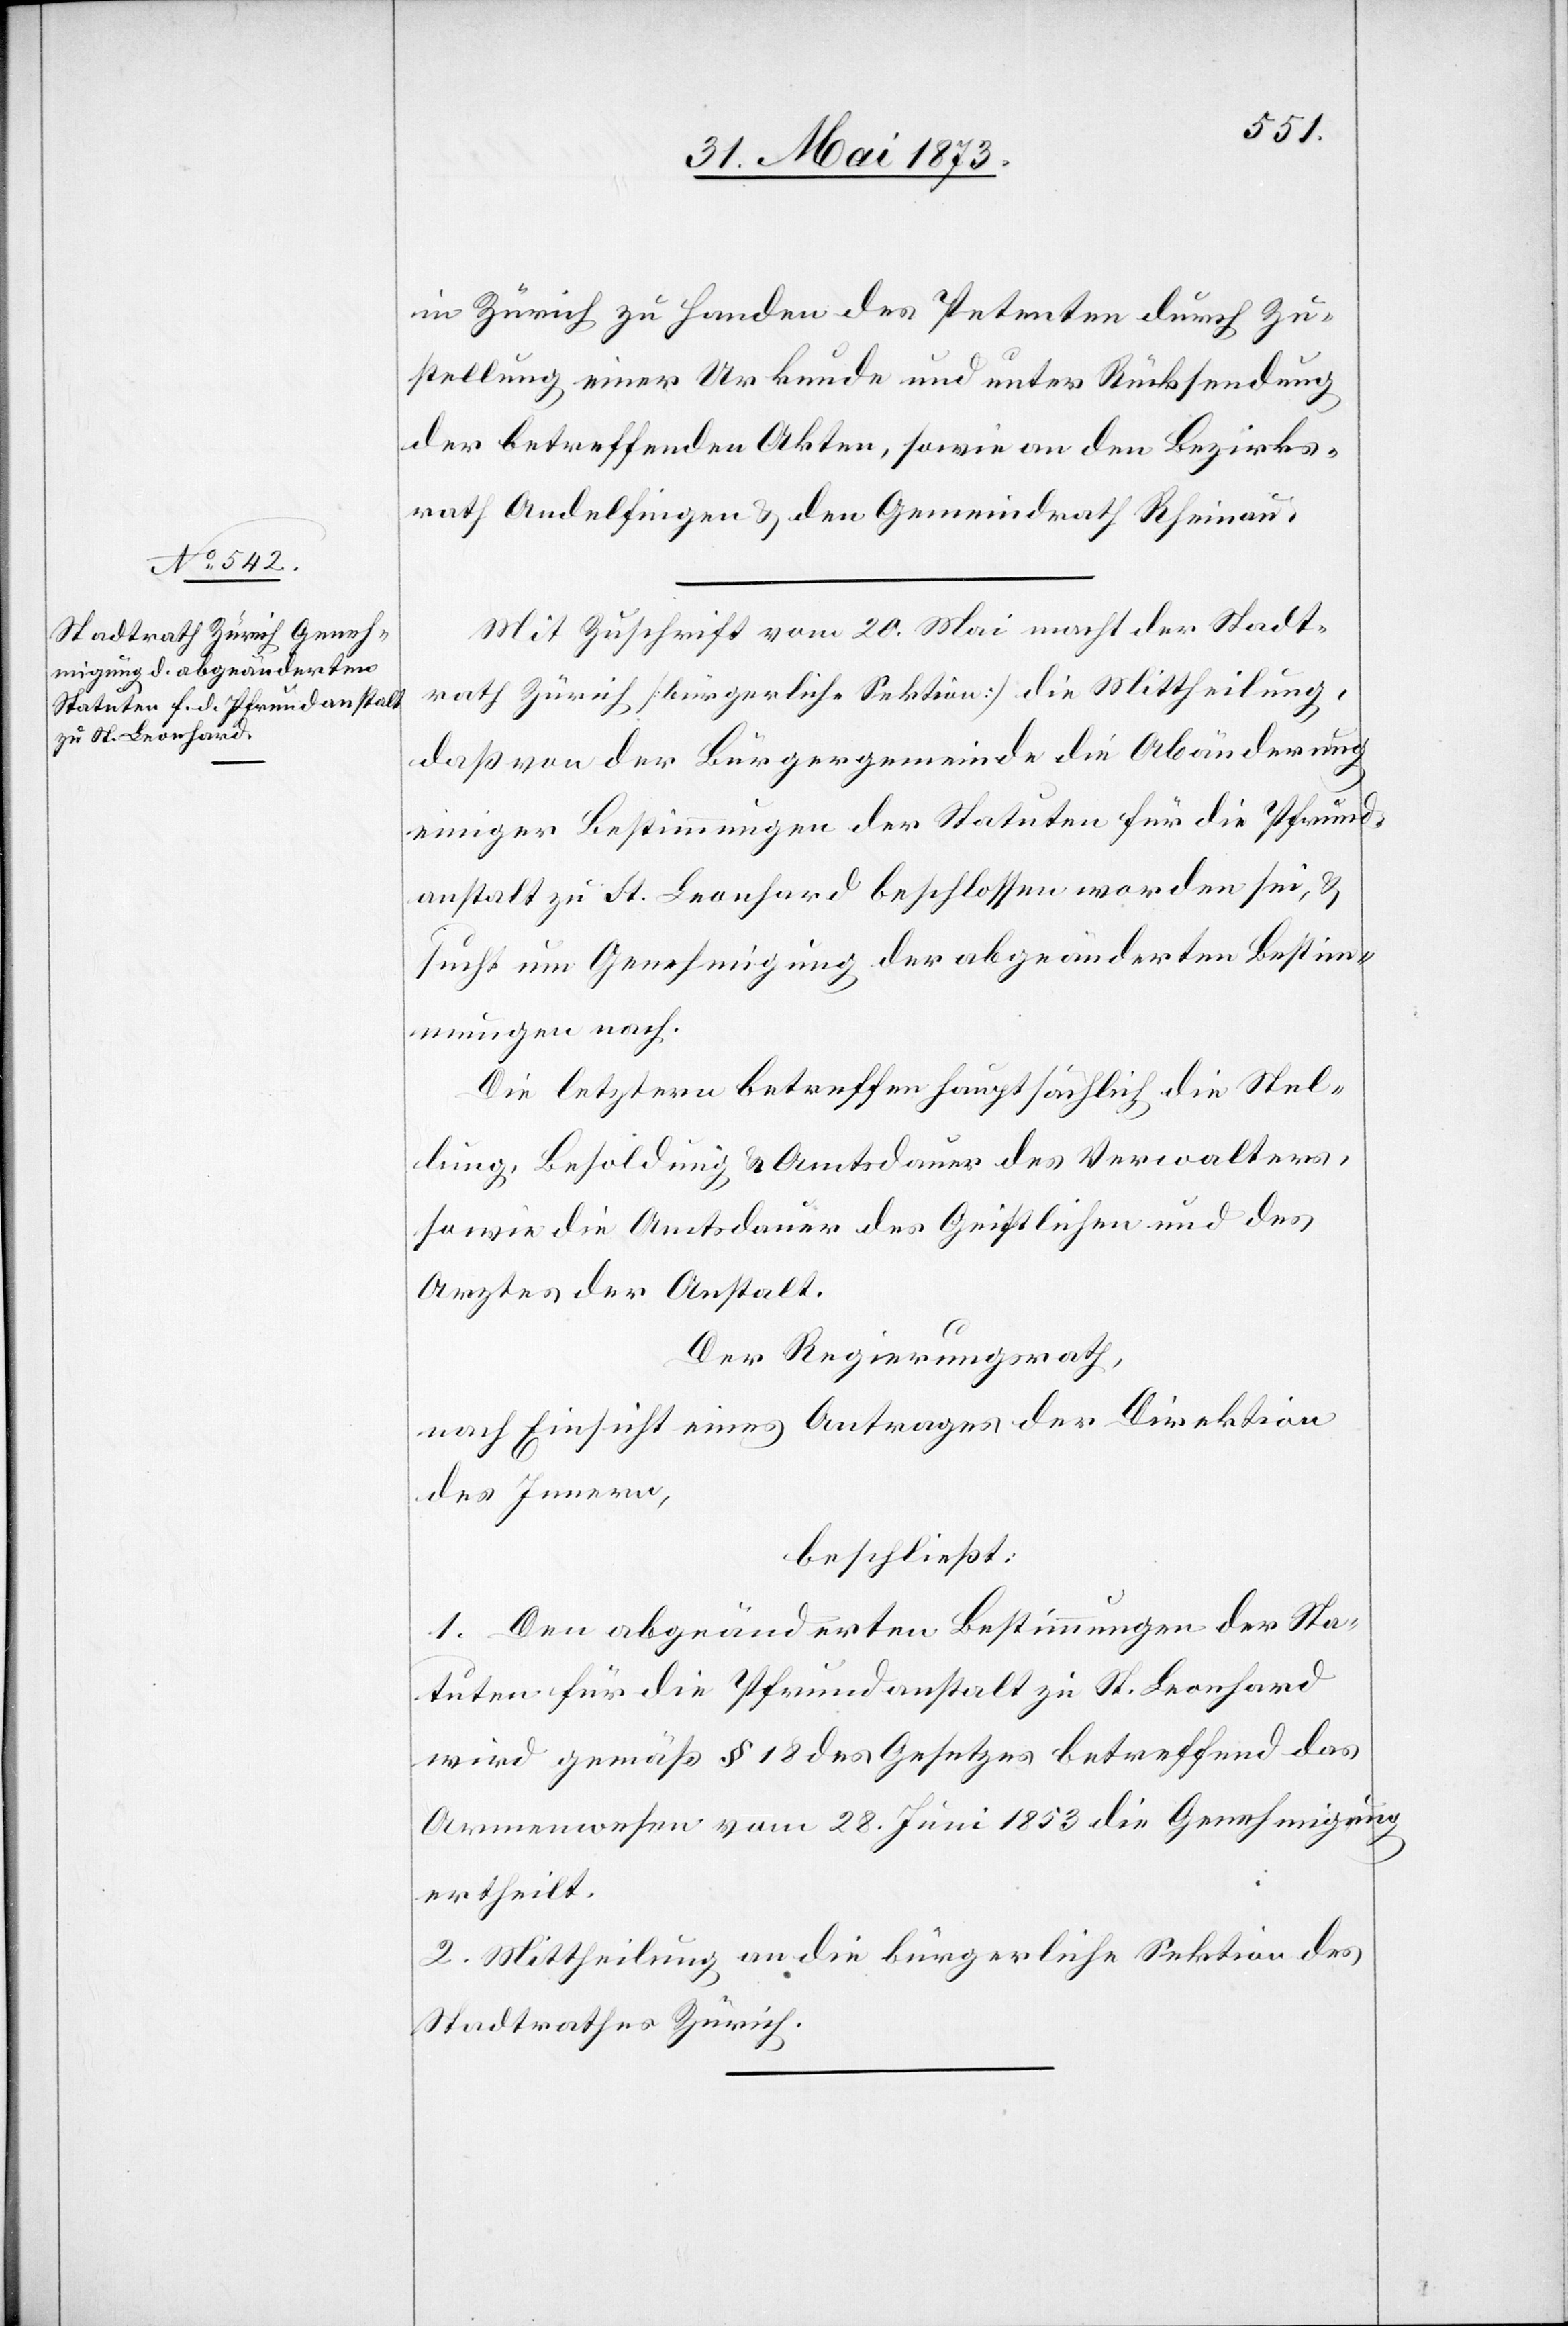
in Zürich zu Handen des Petenten durch Zu¬
stellung einer Urkunde und unter Rücksendung
der betreffenden Akten, sowie an den Bezirks¬
rath Andelfingen & den Gemeindrath Rheinau.
Mit Zuschrift vom 20. Mai macht der Stadt¬
rath Zürich [bürgerliche Sektion] die Mittheilung,
daß von der Bürgergemeinde die Abänderung
einiger Bestimmungen der Statuten für die Pfrund¬
anstalt zu St. Leonhard beschlossen worden sei, &
sucht um Genehmigung der abgeänderten Bestim¬
mungen nach.
Die letztern betreffen hauptsächlich die Stel¬
lung, Besoldung & Amtsdauer des Verwalters,
sowie die Amtsdauer des Geistlichen und des
Arztes der Anstalt.
Der Regierungsrath,
nach Einsicht eines Antrages der Direktion
des Innern,
beschließt:
1. Den abgeänderten Bestimmungen der Sta¬
tuten für die Pfrundanstalt zu St. Leonhard
wird gemäß § 18 des Gesetzes betreffend das
Armenwesen vom 28. Juni 1853 die Genehmigung
ertheilt.
2. Mittheilung an die bürgerliche Sektion des
Stadtrathes Zürich.